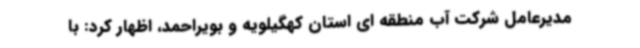
مدیرعامل شرکت آب منطقه ای استان کهگیلویه و بویراحمد، اظهار کرد: با